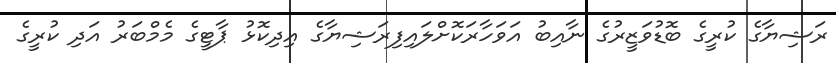
ރަޝިޔާގެ ކުރީގެ ބޮޑުވަޒީރުގެ ނާއިބު އަވަހާރަކޮށްލައިފިރަޝިޔާގެ އިދިކޮޅު ޕާޓީގެ މެމްބަރު އަދި ކުރީގެ